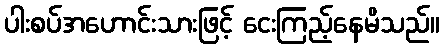
ပါးစပ်အဟောင်းသားဖြင့် ငေးကြည့်နေမိသည်။